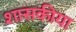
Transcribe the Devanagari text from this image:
शासकीया